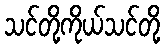
သင်တို့ကိုယ်သင်တို့